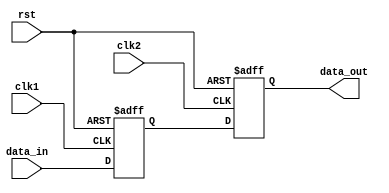
module master_slave_ff_synchronizer (
    input wire clk1,           // Input clock for the master flip-flop
    input wire clk2,           // Output clock for the slave flip-flop
    input wire rst,            // Asynchronous reset
    input wire data_in,        // Input data to be synchronized
    output reg data_out        // Synchronized output data
);

    // Internal wire to hold the output of the master flip-flop
    reg master_ff_out;

    // Master Flip-Flop: Captures data on the rising edge of clk1
    always @(posedge clk1 or posedge rst) begin
        if (rst) begin
            master_ff_out <= 1'b0; // Reset condition
        end else begin
            master_ff_out <= data_in; // Capture data
        end
    end

    // Slave Flip-Flop: Captures the output of the master on the rising edge of clk2
    always @(posedge clk2 or posedge rst) begin
        if (rst) begin
            data_out <= 1'b0; // Reset condition
        end else begin
            data_out <= master_ff_out; // Synchronize output
        end
    end

endmodule